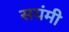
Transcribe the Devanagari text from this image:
सयंमी